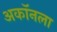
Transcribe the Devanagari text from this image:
अकॉनला